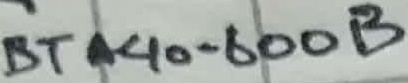
Text: BTA40-600B